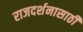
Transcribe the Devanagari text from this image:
राजदर्शनासाठी